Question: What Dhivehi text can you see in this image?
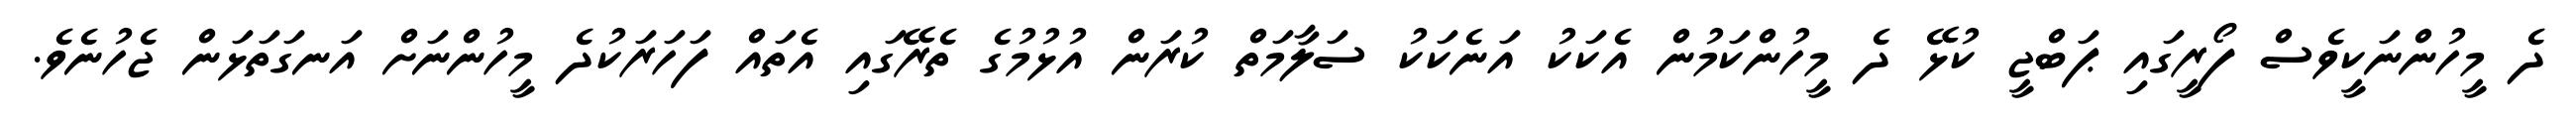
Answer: ދެ މީހުންނަކީވެސް ފޯރީގައި ޕަބްޖީ ކުޅޭ ދެ މީހުންކަމުން އެކަކު އަނެކަކު ސަލާމަތް ކުރަން އުޅުމުގެ ތެރޭގައި އެތައް ފަހަރަކުދެ މީހުންނަށް އަނގަތަޅަން ޖެހުނެވެ.